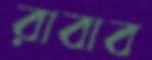
রাবাব